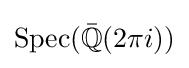
\mathrm {Spec} ({\bar {\mathbb {Q} }}(2\pi i))